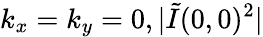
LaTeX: k_{x}=k_{y}=0,|\tilde{I}(0,0)^{2}|